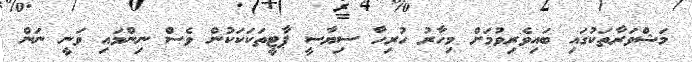
މަޝްވަރާތަކުގައި ބައިވެރިވުމަށް މިހާރު ހުރިހާ ސިޔާސީ ޕާޓީތަކަކަކުން ވެސް ނިންމައި ވަނީ ނަން